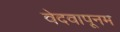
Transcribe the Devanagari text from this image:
वेदवापूनम